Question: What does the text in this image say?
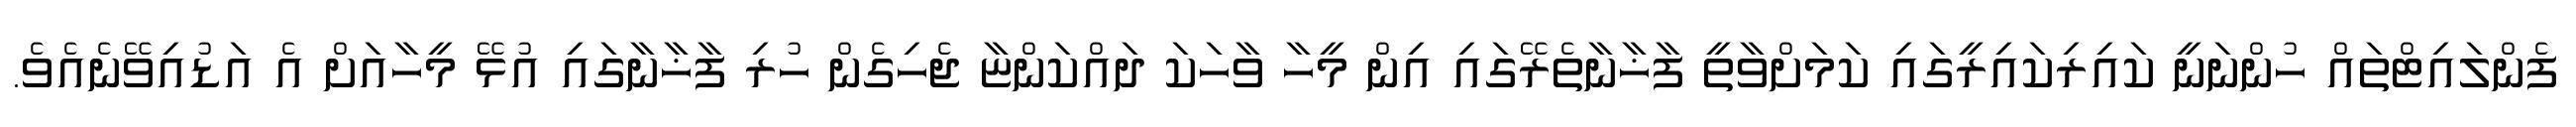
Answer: ފެންލައިޓްތައް ހުންނަނީ ކައިރިކައިރީގައި ކަމަށްވާތީ ފާޚާނާތެރޭގައި އިން މީހާ ވާހަކަ ދައްކަންޏާ ޖެހިގެން ހުރި ފާޚާނާގައި އުޅޭ މީހާއަށް އެ އަޑުއިވޭނެއެވެ.